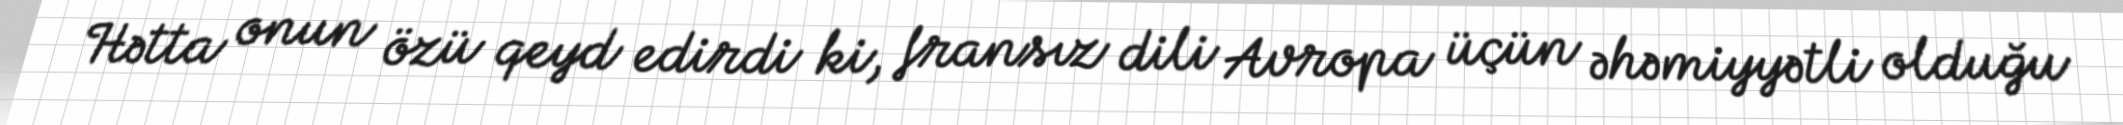
Hətta onun özü qeyd edirdi ki, fransız dili Avropa üçün əhəmiyyətli olduğu